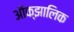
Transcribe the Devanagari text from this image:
ऑक्झालिक